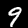
Label: 9